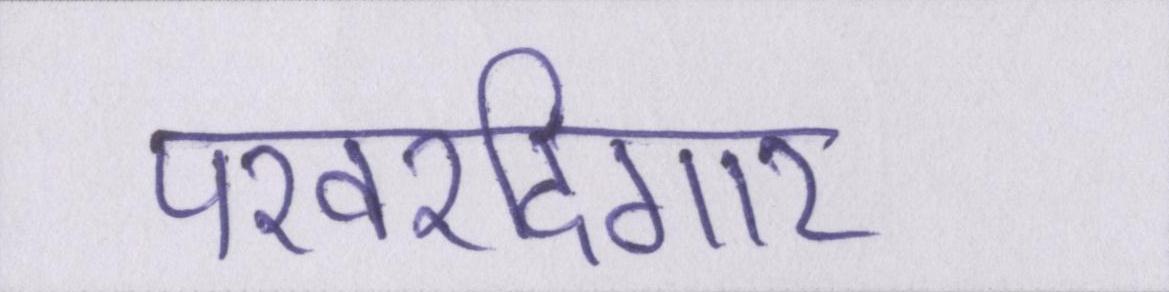
परवरदिगार